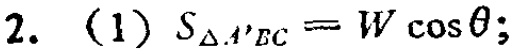
2. (1) \(S_{\triangle A'EC}=W\cos\theta;\)